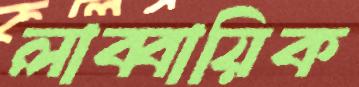
লাব্বায়িক